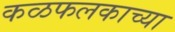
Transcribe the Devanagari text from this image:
कळफलकाच्या